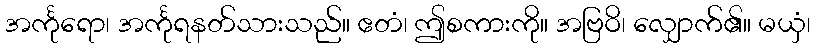
အင်္ကုရော၊ အင်္ကုရနတ်သားသည်။ ဧတံ၊ ဤစကားကို။ အဗြဝိ၊ လျှောက်၏။ မယှံ၊